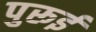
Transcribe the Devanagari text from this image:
पुरूई